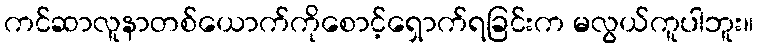
ကင်ဆာလူနာတစ်ယောက်ကိုစောင့်ရှောက်ရခြင်းက မလွယ်ကူပါဘူး။